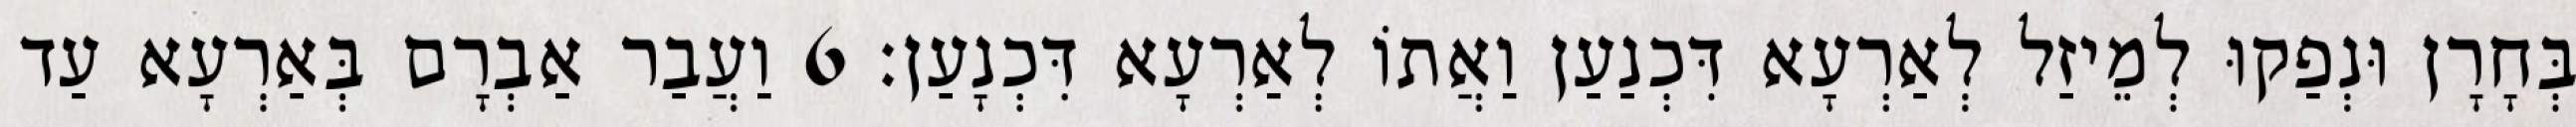
בְּחָרָן וּנְפַקוּ לְמֵיזַל לְאַרְעָא דִּכְנַעַן וַאֲתוֹ לְאַרְעָא דִּכְנָעַן׃ 6 וַעֲבַר אַבְרָם בְּאַרְעָא עַד